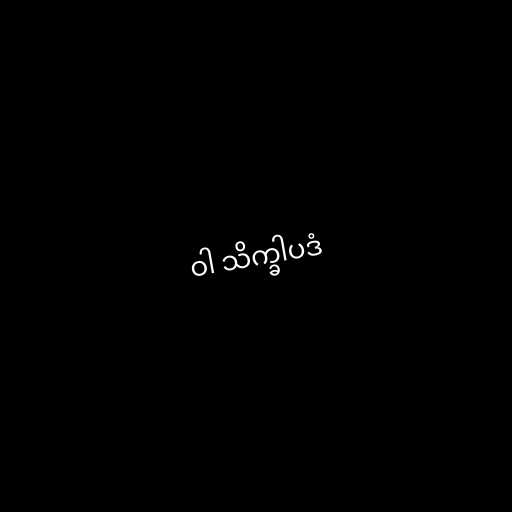
ဝါ သိက္ခါပဒံ